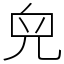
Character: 𠒇